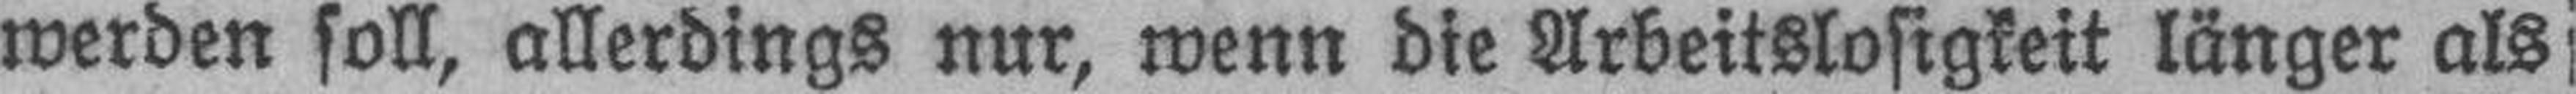
werden soll, allerdings nur, wenn die Arbeitslosigkeit länger als